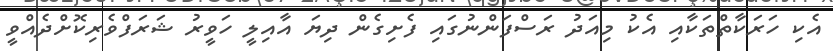
އެކި ހަރަކާތްތަކާއި އެކު މިއަދު ރަސްފަންނުގައި ފެށިގެން ދިޔަ އާއިލީ ހަވީރު ޝަރަފްވެރިކޮށްދެއްވީ